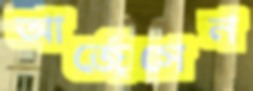
আর্জেসেন